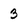
Character: 3